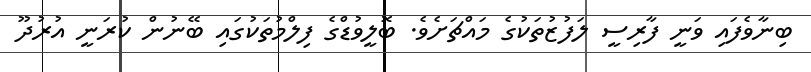
ބިނާވެފައި ވަނީ ފާރިސީ ލަފުޒުތަކުގެ މައްޗަށެވެ. ބޮލީވުޑްގެ ފިލްމުތަކުގައި ބޭނުން ކުރަނީ އުރުދޫ